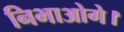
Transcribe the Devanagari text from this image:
निभाओगे।